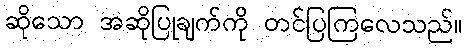
ဆိုသော အဆိုပြုချက်ကို တင်ပြကြလေသည်။